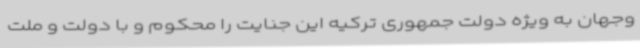
وجهان به ویژه دولت جمهوری ترکیه این جنایت را محکوم و با دولت و ملت